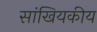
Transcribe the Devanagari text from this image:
सांखियकीय